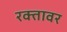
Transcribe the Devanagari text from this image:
रक्तावर